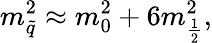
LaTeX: m_{\tilde{q}}^{2}\approx m_{0}^{2}+6m_{\frac{1}{2}}^{2},